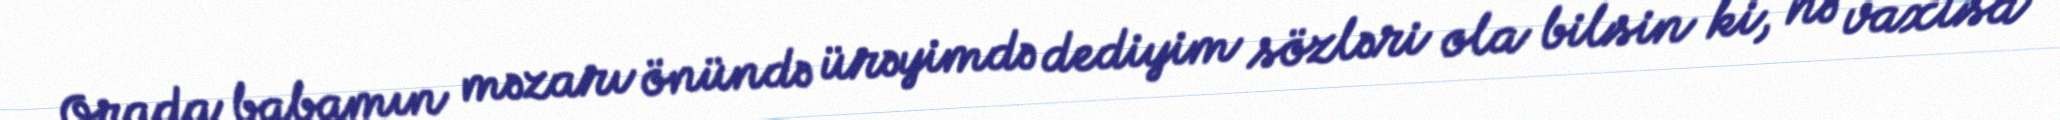
Orada babamın məzarı önündə ürəyimdə dediyim sözləri ola bilsin ki, nə vaxtsa